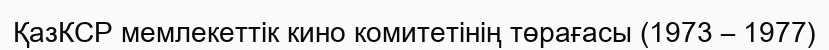
ҚазКСР мемлекеттік кино комитетінің төрағасы (1973 – 1977)